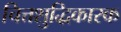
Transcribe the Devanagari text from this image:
चित्तशुद्धिकारक